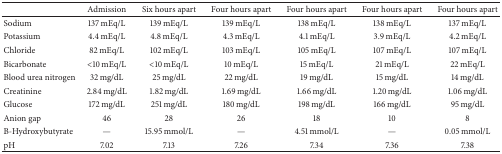
<table><thead><tr><td><b> </b></td><td><b>Admission</b></td><td><b>Six hours apart</b></td><td><b>Four hours apart</b></td><td><b>Four hours apart</b></td><td><b>Four hours apart</b></td><td><b>Four hours apart</b></td></tr></thead><tbody><tr><td>Sodium</td><td>137 mEq/L</td><td>139 mEq/L</td><td>139 mEq/L</td><td>138 mEq/L</td><td>138 mEq/L</td><td>137 mEq/L</td></tr><tr><td>Potassium</td><td>4.4 mEq/L</td><td>4.8 mEq/L</td><td>4.3 mEq/L</td><td>4.1 mEq/L</td><td>3.9 mEq/L</td><td>4.2 mEq/L</td></tr><tr><td>Chloride</td><td>82 mEq/L</td><td>102 mEq/L</td><td>103 mEq/L</td><td>105 mEq/L</td><td>107 mEq/L</td><td>107 mEq/L</td></tr><tr><td>Bicarbonate</td><td>&lt;10 mEq/L</td><td>&lt;10 mEq/L</td><td>10 mEq/L</td><td>15 mEq/L</td><td>21 mEq/L</td><td>22 mEq/L</td></tr><tr><td>Blood urea nitrogen</td><td>32 mg/dL</td><td>25 mg/dL</td><td>22 mg/dL</td><td>19 mg/dL</td><td>15 mg/dL</td><td>14 mg/dL</td></tr><tr><td>Creatinine</td><td>2.84 mg/dL</td><td>1.82 mg/dL</td><td>1.69 mg/dL</td><td>1.66 mg/dL</td><td>1.20 mg/dL</td><td>1.06 mg/dL</td></tr><tr><td>Glucose</td><td>172 mg/dL</td><td>251 mg/dL</td><td>180 mg/dL</td><td>198 mg/dL</td><td>166 mg/dL</td><td>95 mg/dL</td></tr><tr><td>Anion gap</td><td>46</td><td>28</td><td>26</td><td>18</td><td>10</td><td>8</td></tr><tr><td>B-Hydroxybutyrate</td><td>—</td><td>15.95 mmol/L</td><td> —</td><td>4.51 mmol/L</td><td>—</td><td>0.05 mmol/L</td></tr><tr><td>pH</td><td>7.02</td><td>7.13</td><td>7.26</td><td>7.34</td><td>7.36</td><td>7.38</td></tr></tbody></table>